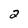
Character: 2